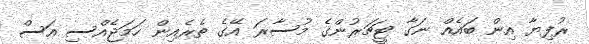
ރުފިޔާ އިން ބައެއް ނަގާ ޓީޗަރުންގެ މުސާރަ އޭގެ ތެރެއިން ހަމަޖެއްސި އަސް